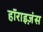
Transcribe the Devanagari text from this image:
हॉराइज़ंस